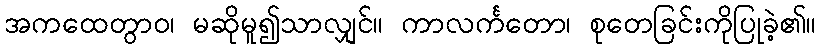
အကထေတွာဝ၊ မဆိုမူ၍သာလျှင်။ ကာလင်္ကတော၊ စုတေခြင်းကိုပြုခဲ့၏။